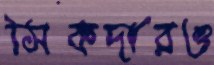
সিকদারও